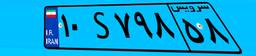
۹۲S۵۵۹۶۵